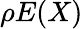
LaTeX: \rho E(X)